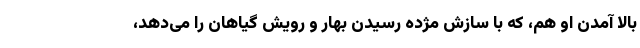
بالا آمدن او هم، که با سازَش مژده رسیدن بهار و رویش گیاهان را می‌دهد،